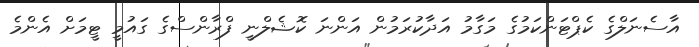
އާސެނަލްގެ ކެޕްޓަންކަމުގެ މަގާމު އަދާކުރަމުން އަންނަ ކޮޝެލްނީ ފްރާންސްގެ ގައުމީ ޓީމަށް އެންމެ